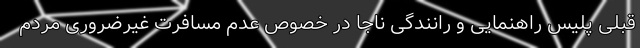
قبلی پلیس راهنمایی و رانندگی ناجا در خصوص عدم مسافرت غیرضروری مردم